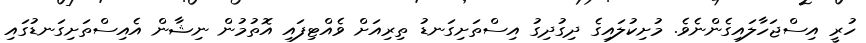
ހުރީ އިސްޖަހާލައިގެންނެވެ. މުށިކުލައިގެ ދިގުދިގު އިސްތަށިގަނޑު ތިރިއަށް ވެއްޓިފައި އޮތުމުން ނިޝާން އެއިސްތަށިގަނޑުގައި